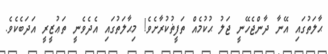
ޙާލަތުގައި އޭނާ ދާންޖެހޭނީ ޖަލު ޙުކުމެއް ތަފީޡުކުރާށެވެ! މިޙާލަތުގައި އެދެވެނީ ތަޢުޒީރީ އަދަބެކެވެ.